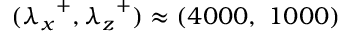
( { \lambda _ { x } } ^ { + } , { \lambda _ { z } } ^ { + } ) \approx ( 4 0 0 0 , ~ 1 0 0 0 )